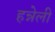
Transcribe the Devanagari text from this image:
हन्नेली